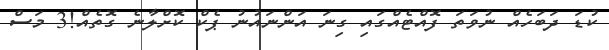
ކުޑަ ދަބަހެއް ނުވަތަ ފޮއްޓެއްގައި ގިނަ އަންނައުނު ޕެކް ކޮށްލާނެ ގޮތެއް!3 މަސް